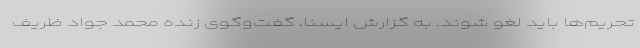
تحریم‌ها باید لغو شوند. به گزارش ایسنا، گفت‌وگوی زنده محمد جواد ظریف